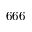
6 6 6